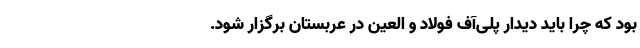
بود که چرا باید دیدار پلی‌آف فولاد و العین در عربستان برگزار شود.